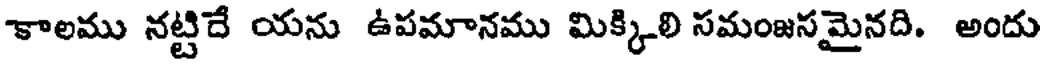
కాలము నట్టిదే యను ఉపమానము మిక్కిలి సమంజసమైనది. అందు